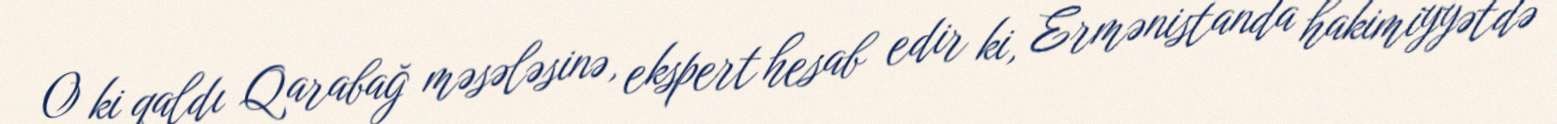
O ki qaldı Qarabağ məsələsinə, ekspert hesab edir ki, Ermənistanda hakimiyyətdə